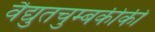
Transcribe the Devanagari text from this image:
वैद्युतचुम्बकीकी